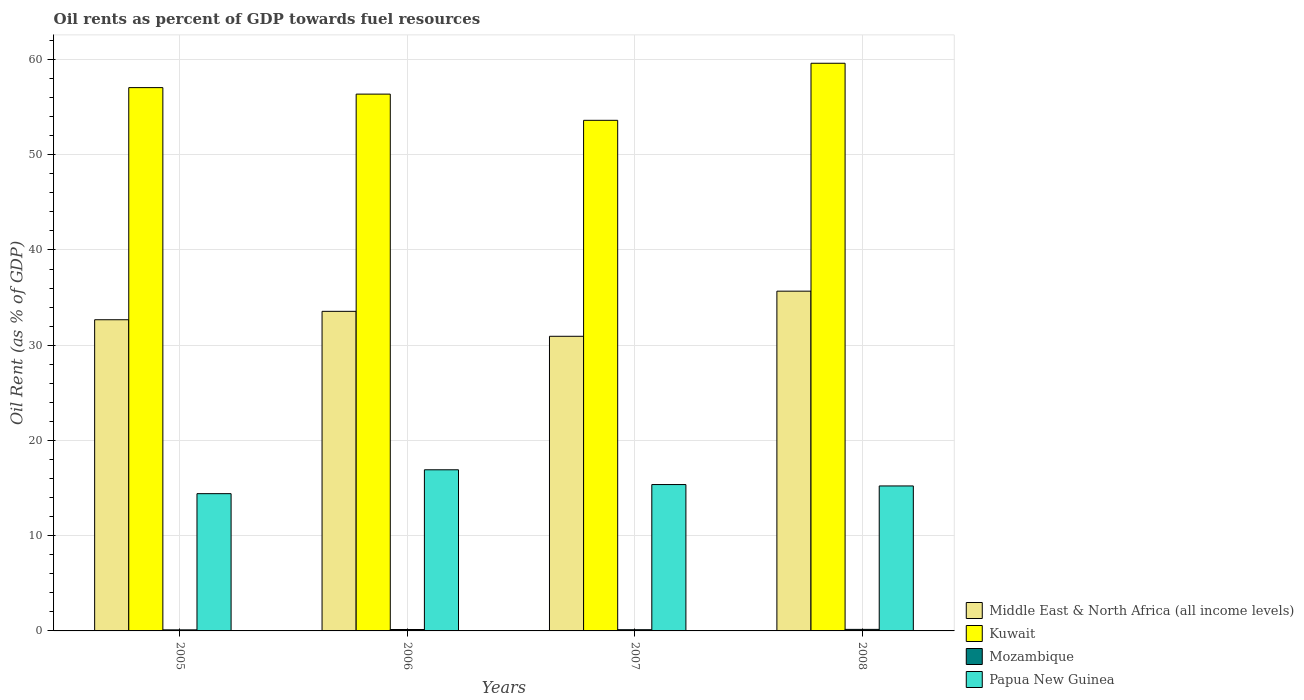
| Years | Middle East & North Africa (all income levels) | Kuwait | Mozambique | Papua New Guinea |
 | --- | --- | --- | --- | --- |
 | 2005 | 32.7 | 57 | 0.111 | 14.4 |
 | 2006 | 33.6 | 56.4 | 0.148 | 16.9 |
 | 2007 | 30.9 | 53.6 | 0.127 | 15.4 |
 | 2008 | 35.7 | 59.6 | 0.161 | 15.2 |